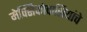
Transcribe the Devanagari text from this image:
मेक्सिकोवासियांचे